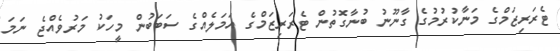
ޓެރަރިޒަމްގެ މަނާކުރުމުގެ ގާނޫނު ބުނާގޮތުން ޓެރަރިޒަމްގެ އަމަލެއްގެ ސަބަބުން މީހަކު މަރުވެއްޖެ ނަމަ